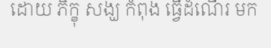
ដោយ ភិក្ខុ សង្ឃ កំពុង ធ្វើដំណើរ មក